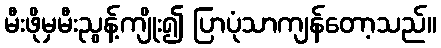
မီးဖိုမှမီးညွန့်ကျိုး၍ ပြာပုံသာကျန်တော့သည်။